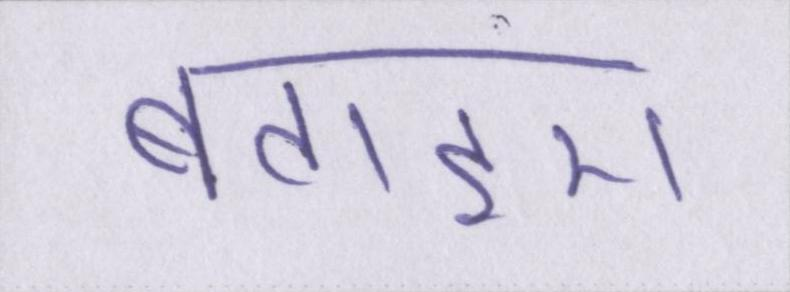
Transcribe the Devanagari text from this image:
बताइए